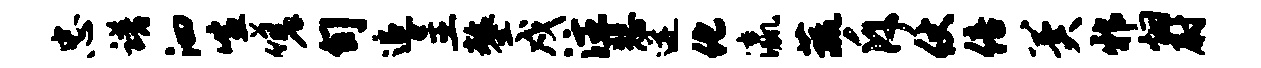
忠谱泗喧嗟旬追呈鏊戍注悲迸化瀛蔬斥仗倍冀邪烟尉